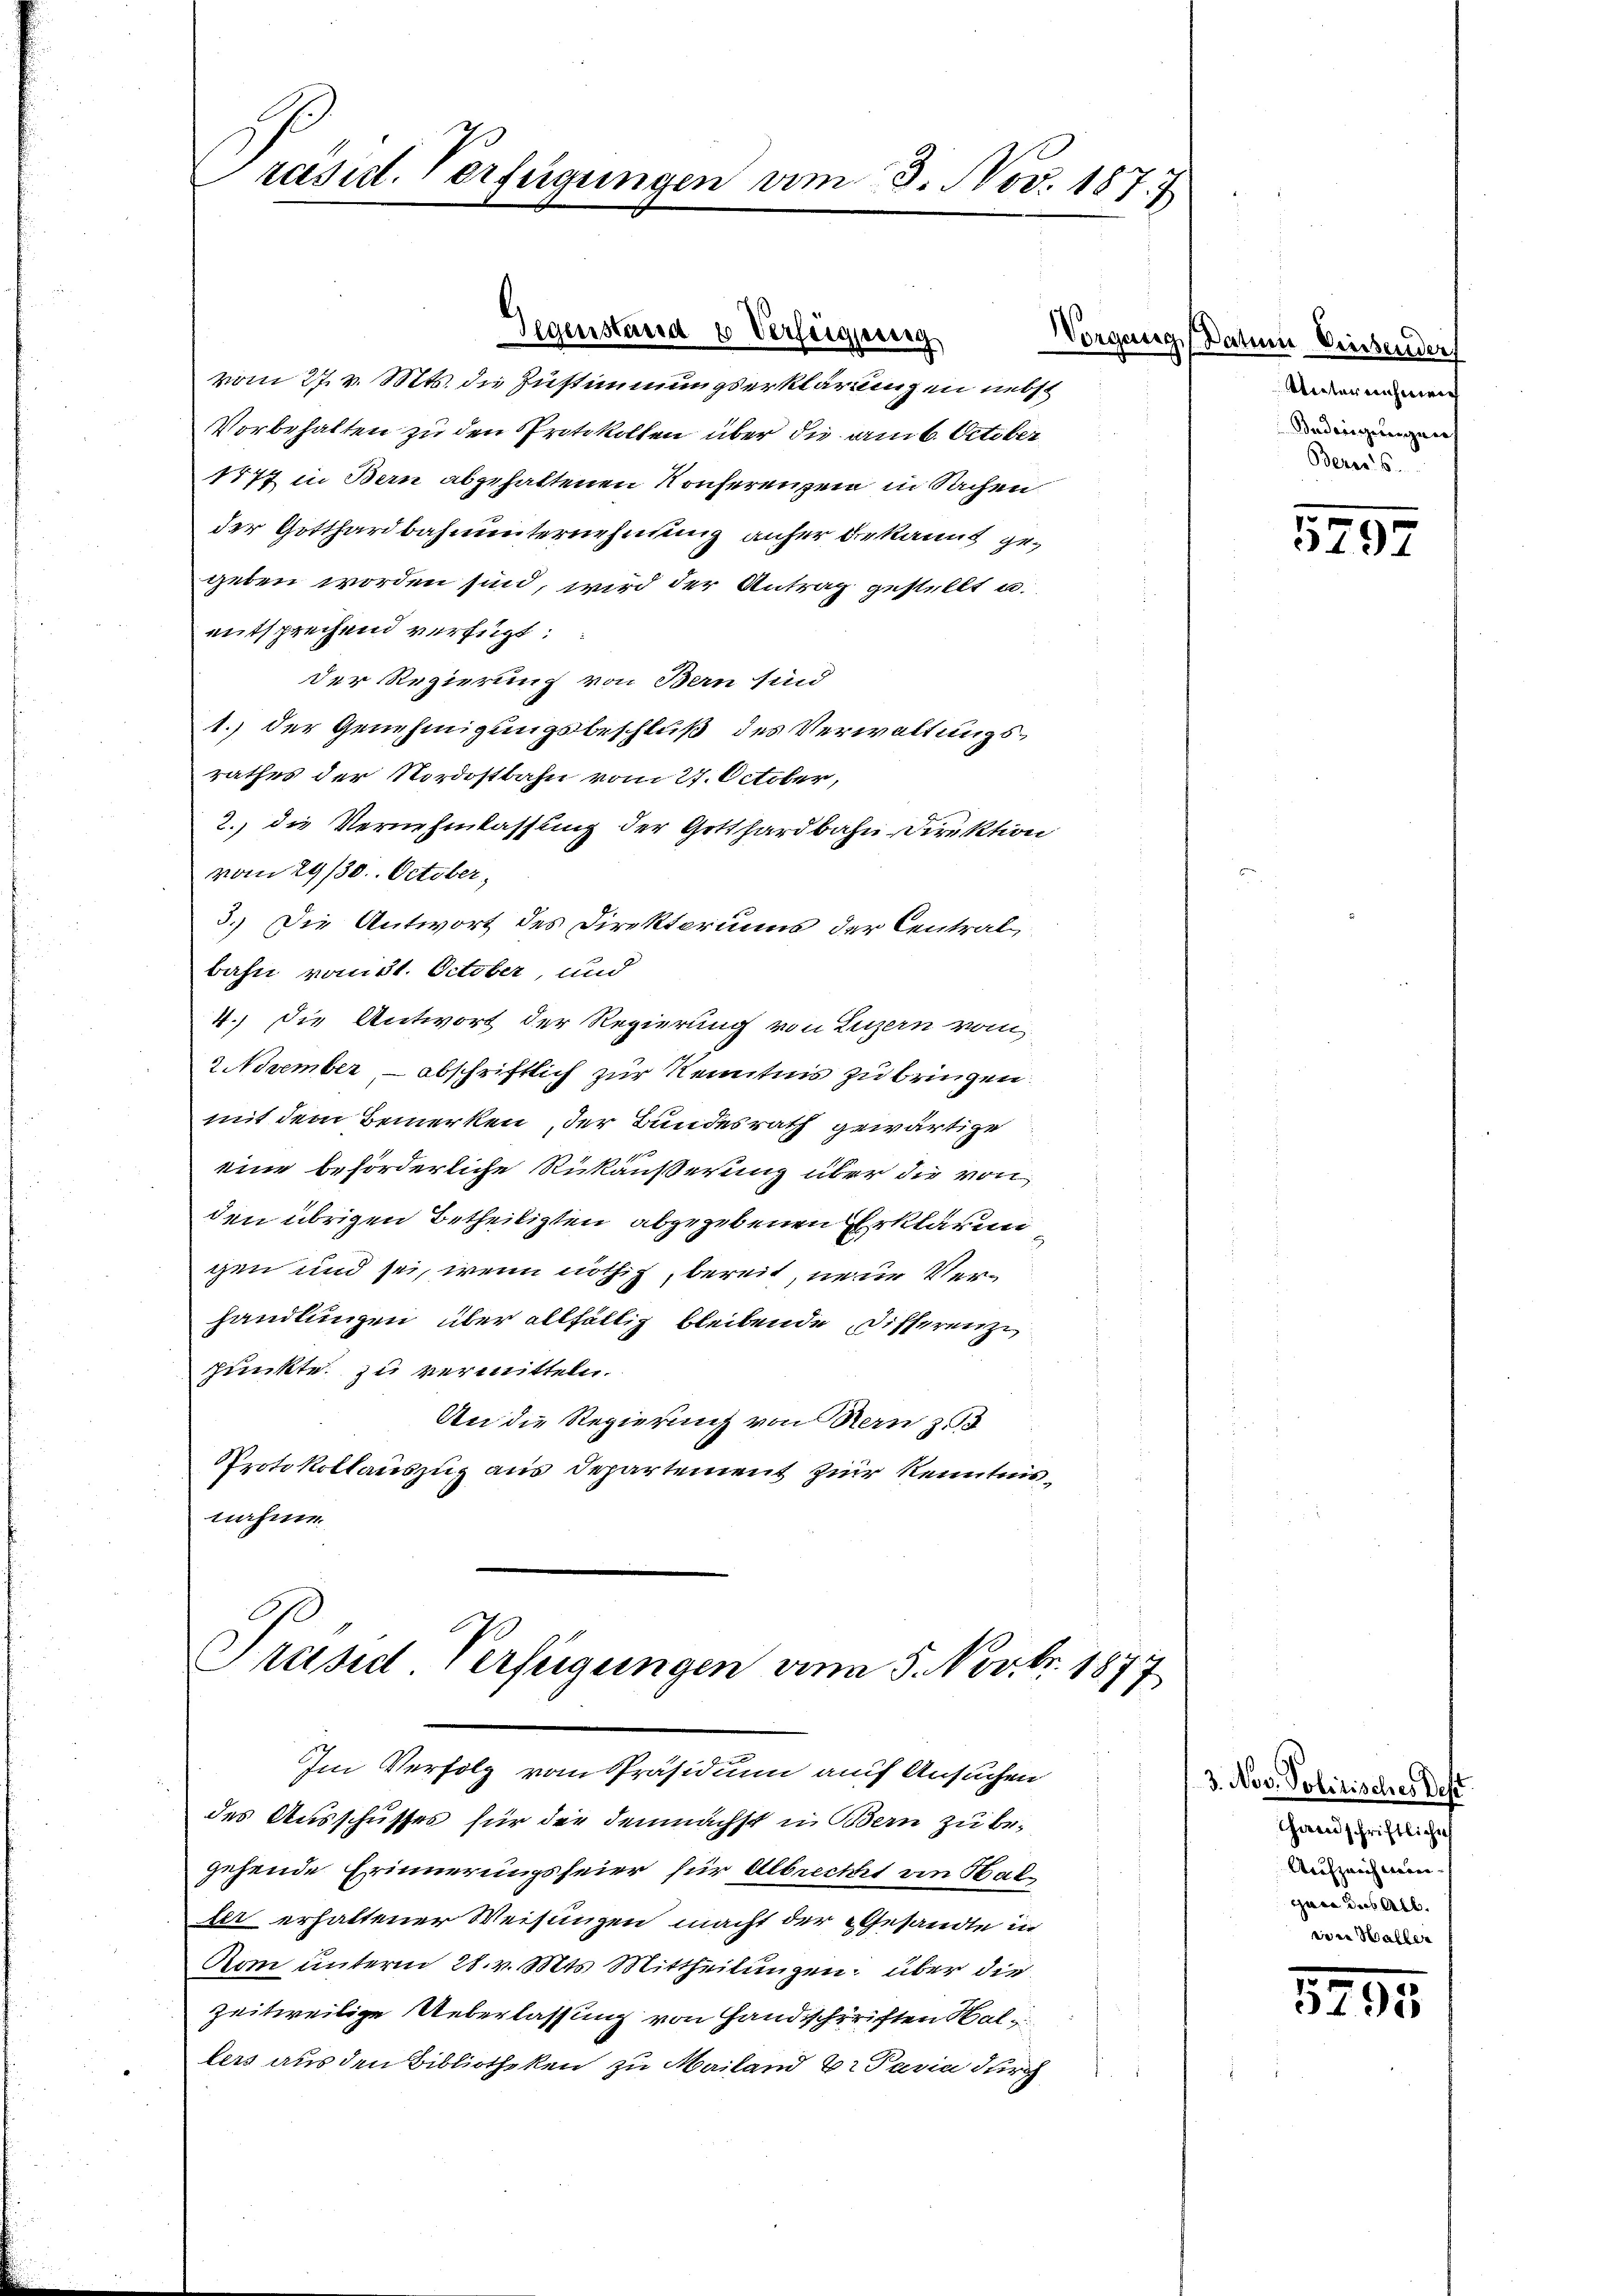
rasirt. Verfügungen vom 3. Nov. 1873.

vom 27. v. Mts. die Zustimmungserklärungen nebst
Vorbehalten zu den Protokollen über die am 6. October
1477 in Bern abgehaltenen Konferenzen in Sachen
der Gotthardbahnunternehmung anher bekannt gegeben worden sind, wird der Antrag gestellt u.
entsprechend verfügt:
Der Regierung von Bern sind
1.) der Genehmigungsbeschluß des Verwaltungsrathes der Nordostbahn vom 27. October,
2., die Vernehmlassung der Gotthardbahn Direktion
vom 29/30. October,
3.) Die Antwort des Direktoriums der Central
bahn vom 31. October, und
4.) Die Antwort der Regierung von Luzern vom
2 November, – abschriftlich zur Kenntnis zu bringen.
mit dem Bemerken der Bundesrath gewärtige
eine beförderliche Rückäußerung über die von
den übrigen Betheiligten abgegebenen Erklärun
gen und sei, wenn nöthig, bereit, neue Verhandlungen über allfällig bleibende Disserenze
punkte zu vermitteln.
An die Regierung von Bern z
Protokollauszug aus Departement zur Kenntnisnahme.

Gegenstand & Verfeigung

des Ausschusses für der demnächst in Bern zu begehende Erinnerungsfeier für Albrecht an Hal
der erhaltener Weisungen macht der Gesandte in
Vom unterm 28. v. Mts. Mittheilungen über die
zeitweilige Ueberlassung von Handschriften Hallers aus den Bibliotheken zu Mailand Dr Parin durch

Präsid Verfügungen am 5. Novbr. 1877
Im Verfolg vom Präsidium auf Ansuchen

Vorgang Datum Weisender
Unternehmen
Bedingungen
Bereis

5797

3. Nov. Polizisches Deft
Handschriftliche
Aufzeichnen.
gare des Alb.
wie Waller

8295